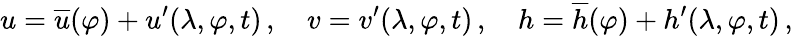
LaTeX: u=\overline{{u}}(\varphi)+u^{\prime}(\lambda,\varphi,t)\, ,\quad v=v^{\prime}(\lambda,\varphi,t)\, ,\quad h=\overline{{h}}(\varphi)+h^{\prime}(\lambda,\varphi,t)\, ,